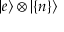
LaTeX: | e \rangle \otimes | \{ n \} \rangle